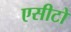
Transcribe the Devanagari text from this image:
एसीटो